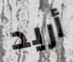
أريد